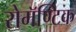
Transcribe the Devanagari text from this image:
रोमॅण्टिक